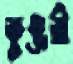
কুঞ্জরী